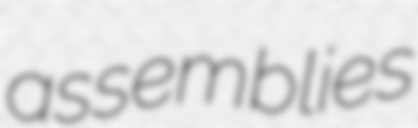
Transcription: assemblies